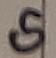
Text: G